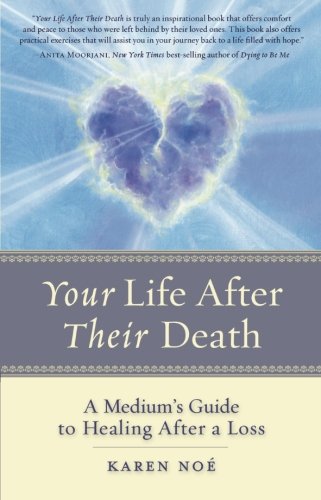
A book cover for Your Life After Their Death: A Medium's Guide to Healing After a Loss; Karen NoÃ©; Religion & Spirituality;